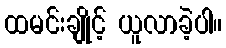
ထမင်းချိုင့် ယူလာခဲ့ပါ။